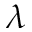
\lambda